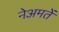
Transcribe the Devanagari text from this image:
नेअमतेें